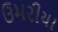
ઉમરીયા